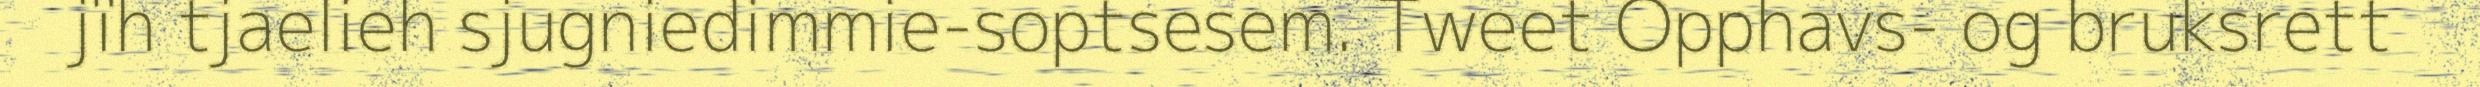
jïh tjaelieh sjugniedimmie-soptsesem. Tweet Opphavs- og bruksrett